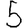
Digit: 5